Leaving Certificate Examination (including Day School Certificate (Higher) General paper), 1938
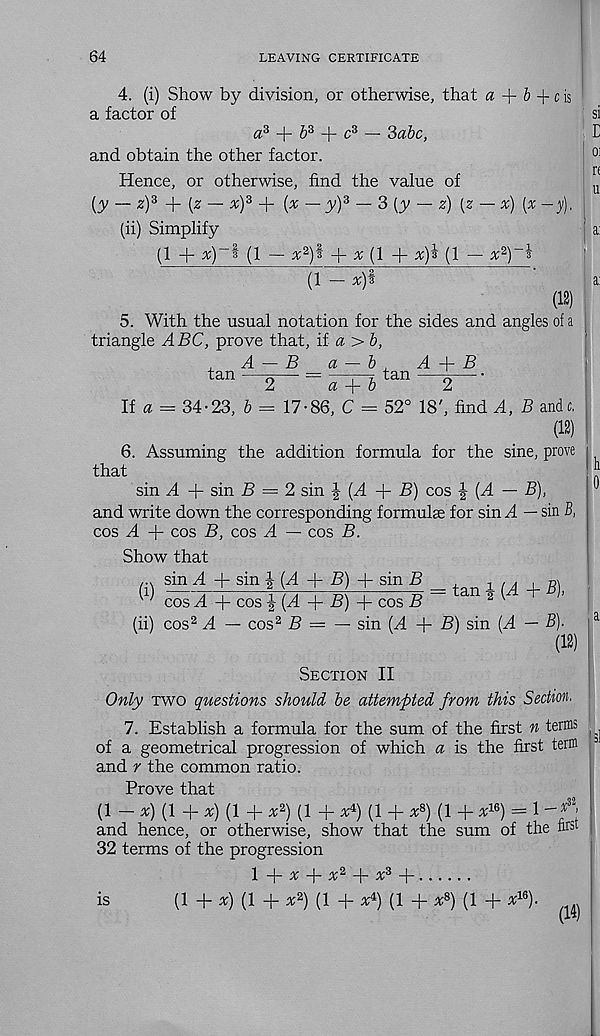
64
LEAVING CERTIFICATE
4. (i) Show by division, or otherwise, that « + & + c is
a factor of
a 3 + 5 3 + c 3 — Sabc,
and obtain the other factor.
Hence, or otherwise, find the value of
{y — 2) 3 + (2 — %Y + (x — y) z — 3 [y — z) [z — x) [x —y).
(ii) Simplify
(1 + x)~i (1 — x 2 )i + ^ (1 + x)i (1 — x 2 )~i
(1
x)i
(12)
5. With the usual notation for the sides and angles of a
triangle ABC, prove that, \i a >b,
A — B
a — b ,
A A- B
tan —
tan
If a
2
a A- b
2
34-23, b — 17-86, C = 52° 18', find A, B andc.
(12)
6. Assuming the addition formula for the sine, prove
that
sin A + sin £> = 2 sin J (A + B) cos J (A — B),
and write down the corresponding formulse for sin A — sin B,
cos A + cos B, cos A — cos B.
Show that
(i) s n4-iSLii44|l+i!2_B _ tan 1 {A + B),
v; cos A + cos J (A + Z?) + cos B
2 v
(ii) cos 2 A — cos 2 B = — sin (A + B) sin (A — 5).
(12)
Section II
Only two questions should be attempted from this Section.
7. Establish a formula for the sum of the first n terms
of a geometrical progression of which a is the first term
and r the common ratio.
Prove that
(1 -%)(!+ x) (1 + x 2 ) (1 + xf (1 + x*) (1 + H 6 ) = 1
and hence, or otherwise, show that the sum of the nrs 1
32 terms of the progression
1 A- x -A x 2 A- x 3 A-
is
(1 +*)(! + x 2 ) (1 + x 4 ) (1 + x 8 ) (1 + x 16 ). ^